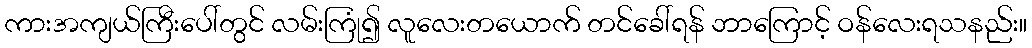
ကားအကျယ်ကြီးပေါ်တွင် လမ်းကြုံ၍ လူလေးတယောက် တင်ခေါ်ရန် ဘာကြောင့် ဝန်လေးရသနည်း။